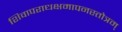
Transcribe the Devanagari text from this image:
शिवापराधक्षमापनस्तोत्रम्